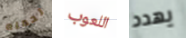
تحمله اللعوب يهدد